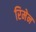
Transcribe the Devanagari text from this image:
रिमेन